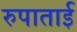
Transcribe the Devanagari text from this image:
रुपाताई